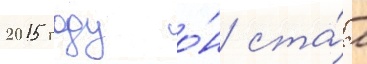
2015 году о́н ста́л